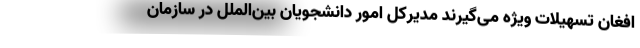
افغان تسهیلات ویژه می‌گیرند مدیرکل امور دانشجویان بین‌الملل در سازمان